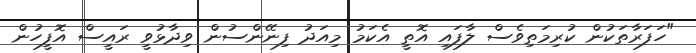
"ހަފަރާތަކުން ކުރިމަތިވެސް ލާފައި އޮތީ އެކަމު މިއަދު ފިނޭންސުން ވިދާޅުވީ ރައީސް އޮފީހުން